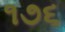
૧૭૬